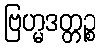
ဗြဟ္မဒတ္တဉ္စ